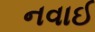
નવાઈ